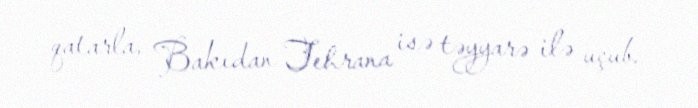
qatarla, Bakıdan Tehrana isə təyyarə ilə uçub.